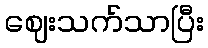
ဈေးသက်သာပြီး